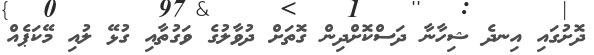
ދޮށުގައި އިނދެ ޝިހާނާ ދަސްކޮށްދިން ގޮތަށް ދުވާލުގެ ވަގުތާއި ގުޅޭ ލުއި މޭކަޕެއް